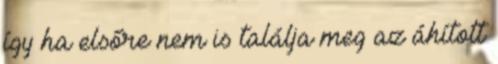
így ha elsőre nem is találja meg az áhított